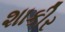
શાકીર